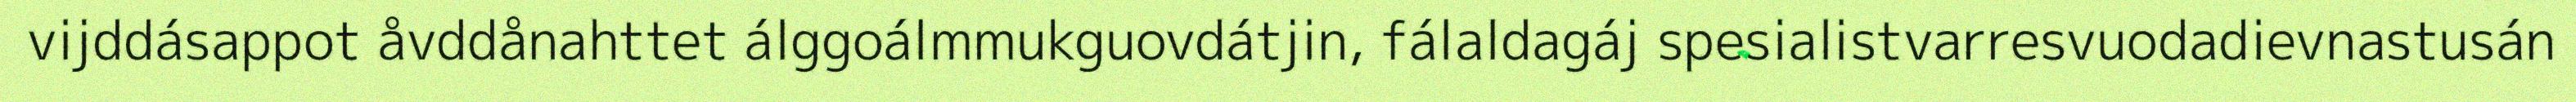
vijddásappot åvddånahttet álggoálmmukguovdátjin, fálaldagáj spesialistvarresvuodadievnastusán